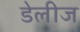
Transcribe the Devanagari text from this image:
डेलीज